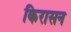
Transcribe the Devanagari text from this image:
किरासन